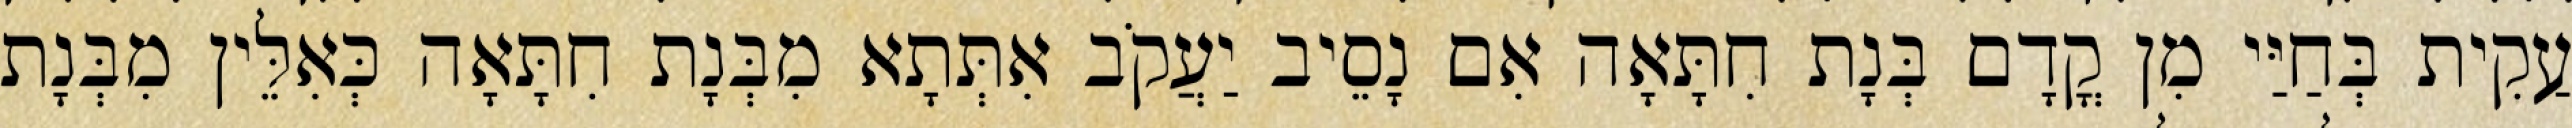
עַקִית בְּחַיַּי מִן קֳדָם בְּנָת חִתָּאָה אִם נָסֵיב יַעֲקֹב אִתְּתָא מִבְּנָת חִתָּאָה כְּאִלֵּין מִבְּנָת